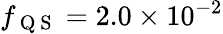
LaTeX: f_{\mathrm{~Q~S~}}=2.0\times 10^{-2}